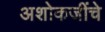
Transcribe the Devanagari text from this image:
अशोकजींचे